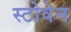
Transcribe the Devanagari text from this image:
स्टोवेन